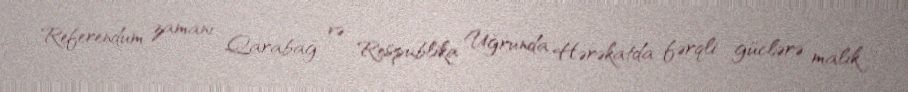
Referendum zamanı Qarabağ və Respublika Uğrunda Hərəkatda fərqli güclərə malik